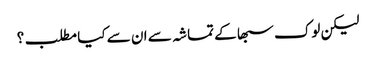
لیکن لوک سبھا کے تماشہ سے ان سے کیا مطلب؟